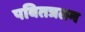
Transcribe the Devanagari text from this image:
पवितत्रतम